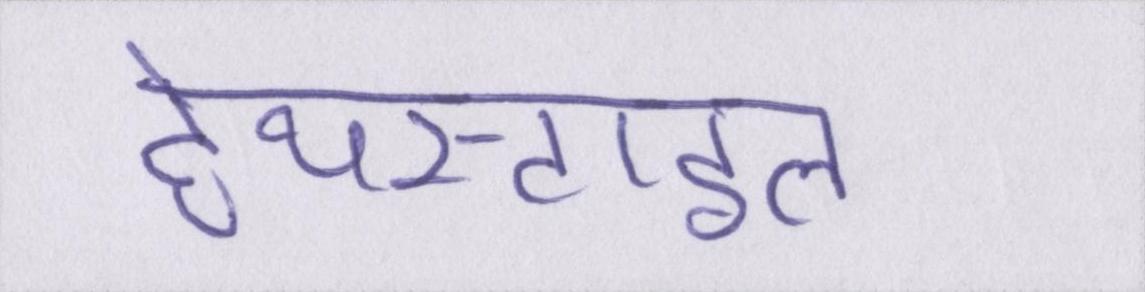
हेयरस्टाइल